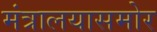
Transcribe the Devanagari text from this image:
मंत्रालयासमोर